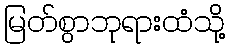
မြတ်စွာဘုရားထံသို့